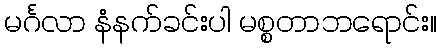
မင်္ဂလာ နံနက်ခင်းပါ မစ္စတာဘရောင်း။